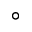
^ { \circ }